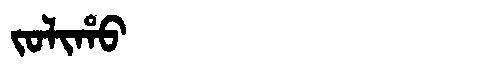
Manchu: ᠵᠣᠯᡳᡥᠣ
Romanization: JOLIHO